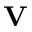
\mathbf { V }